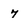
Character: 7